Lunatic asylums Punjab 1895-1910 - 1895-1910
Year: 1895
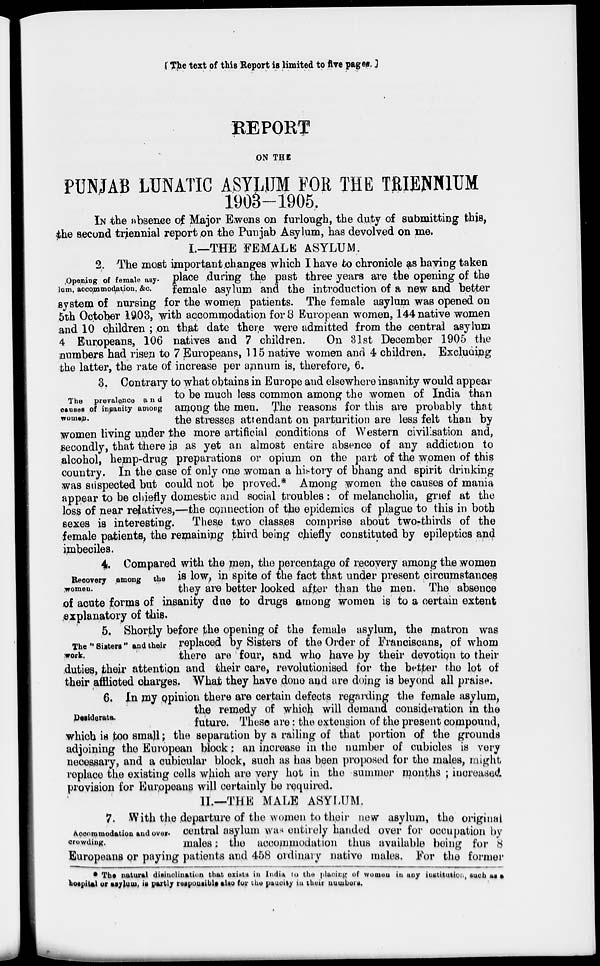
[The text of this Report is limited to five pages. ]
REPORT
ON THE
PUNJAB LUNATIC ASYLUM FOR THE TRIENNIUM
1903—1905.
IN the absence of Major Ewens on furlough, the duty of submitting this,
the second triennial report on the Punjab Asylum, has devolved on me.
I—THE FEMALE ASYLUM.
Opening of female asy-
Join, accommodation, &c.
3, The most important changes which I have to chronicle as haying taken
place during the past three years are the opening of the
female asylum and the introduction of a new and better
system of nursing for the women patients. The female asylum was opened on
5th October 1903, with accommodation for 8 European women, 144 native women
and 10 children; on that date there were admitted from the central asylum
4 Europeans, 106 natives and 7 children.
On 31st December 1905 the
numbers had risen to 7 Europeans, 115 native women and 4 children. Excluding
the latter, the rate of increase per annum is, therefore, 6.
The prevalence and
causes of insanity among
women.
3, Contrary to what obtains in Europe and elsewhere insanity would appear
to be much less common among the women of India than
among the men. The reasons for this are probably that
the stresses attendant on parturition are less felt than by
women living under the more artificial conditions of Western civilisation and,
secondly, that there is as yet an almost entire absence of any addiction to
alcohol, hemp-drug preparations or opium on the part of the women of this
country. In the case of only one woman a history of bhang and spirit drinking
was suspected but could not be proved.* Among women the causes of mania
appear to be chiefly domestic and social troubles : of melancholia, grief at the
loss of near relatives,—the connection of the epidemics of plague to this in both
sexes is interesting. These two classes comprise about two-thirds of the
female patients, the remaining third being chiefly constituted by epileptics and
imbeciles.
Recovery among the
women,
4. Compared with the men, the percentage of recovery among the women
is low, in spite of the fact that under present circumstances
they are better looked after than the men. The absence
of acute forms of insanity due to drugs among women is to a certain extent
explanatory of this.
The "Siatera" and their
work,
5. Shortly before the opening of the female asylum, the matron was
replaced by Sisters of the Order of Franoiscans, of whom
there are four, and who have by their devotion to their
duties, their attention and their care, revolutionised for the better the lot of
their afflicted charges.. What they have done and are doing is beyond all praise.
Desiderata.
6. In my opinion there are certain defects regarding the female asylum,
the remedy of which will demand consideration in the
future. These are : the extension of the present compound,
which is too small; the separation by a railing of that portion of the grounds
adjoining the European block; an increase in the number of cubicles is very
necsesary, and a cubioular block, such as has been proposed for the males, might
replace the existing cells which are very hot in the summer months ; increased
provision for Europeans will certainly be required.
II—THE MALE ASYLUM.
Accommidation and over-
crowding.
7. With the departure of the women to their new asylum, the original
central asylum was entirely handed over for occupation by
males; the accommodation thus available being for 8
Europeans or paying patients and 458 ordinary native males. For the former
* The natural disinclination that exists in India to the placing of women in any institution, sucb at a
hospital or asylum is partly responaible alto for the paucity in their numbers.